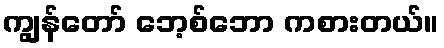
ကျွန်တော် ဘေ့စ်ဘော ကစားတယ်။